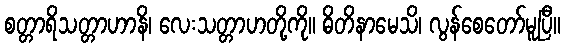
စတ္တာရိသတ္တာဟာနိ၊ လေးသတ္တာဟတို့ကို။ ဓိတိနာမေသိ၊ လွန်စေတော်မူပြီ။